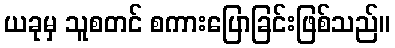
ယခုမှ သူစတင် စကားပြောခြင်းဖြစ်သည်။